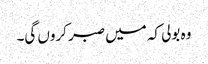
وہ بولی کہ میں صبر کروں گی۔